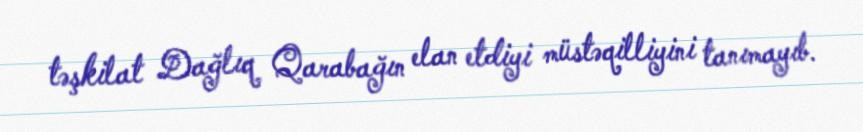
təşkilat Dağlıq Qarabağın elan etdiyi müstəqilliyini tanımayıb.